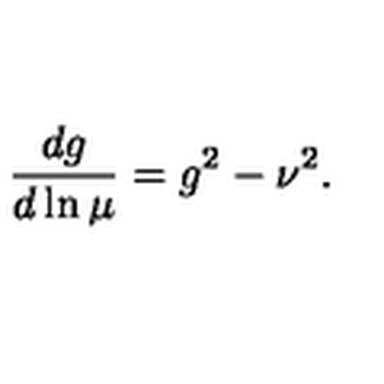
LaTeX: { \frac { d g } { d \ln \mu } } = g ^ { 2 } - \nu ^ { 2 } .